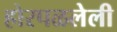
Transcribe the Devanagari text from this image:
होरपळलेली